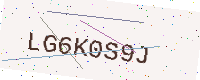
Text: LG6K0S9J